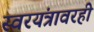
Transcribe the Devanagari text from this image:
स्वरयंत्रावरही